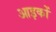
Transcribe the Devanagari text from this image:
आइकों